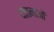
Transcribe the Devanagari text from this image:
यातनाआें